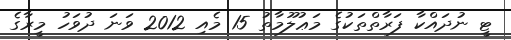
ޓީ ނުދައްކާ ފަރާތްތަކުގެ މަޢުލޫމާތު 15 މެއި 2012 ވަނަ ދުވަހު މީރާގެ